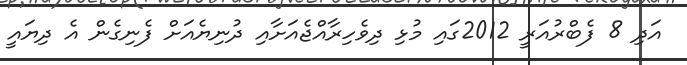
އަދި 8 ފެބްރުއަރީ 2012ގައި މުޅި ދިވެހިރާއްޖެއަށާއި ދުނިޔެއަށް ފެނިގެން އެ ދިޔައީ